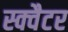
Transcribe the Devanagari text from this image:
स्क्वैटर